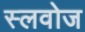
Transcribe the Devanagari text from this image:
स्लवोज